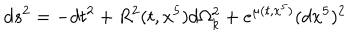
d s ^ { 2 } = - d t ^ { 2 } + R ^ { 2 } ( t , x ^ { 5 } ) d \Omega _ { k } ^ { 2 } + e ^ { { \mu } ( t , x ^ { 5 } ) } ( d x ^ { 5 } ) ^ { 2 }